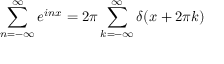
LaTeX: \sum _ { n = - \infty } ^ { \infty } e ^ { i n x } = 2 \pi \sum _ { k = - \infty } ^ { \infty } \delta ( x + 2 \pi k )